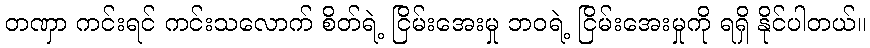
တဏှာ ကင်းရင် ကင်းသလောက် စိတ်ရဲ့ ငြိမ်းအေးမှု ဘဝရဲ့ ငြိမ်းအေးမှုကို ရရှိ နိုင်ပါတယ်။